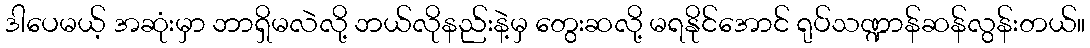
ဒါပေမယ့် အဆုံးမှာ ဘာရှိမလဲလို့ ဘယ်လိုနည်းနဲ့မှ တွေးဆလို့ မရနိုင်အောင် ရုပ်သဏ္ဍာန်ဆန်လွန်းတယ်။